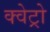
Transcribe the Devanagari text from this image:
क्वेट्रो